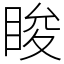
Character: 睃